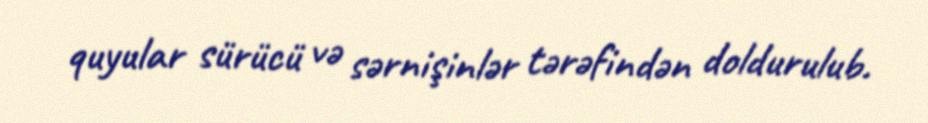
quyular sürücü və sərnişinlər tərəfindən doldurulub.